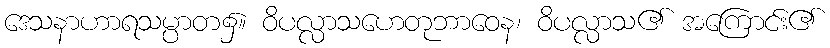
ဒေသနာဟာရသမ္ပာတ၌။ ဝိပလ္လာသဟေတုဘာဝေန၊ ဝိပလ္လာသ၏ အကြောင်း၏